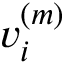
v _ { i } ^ { ( m ) }